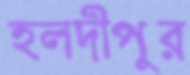
হলদীপুর